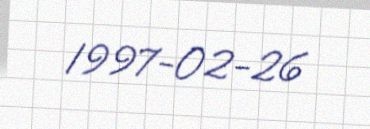
1997-02-26